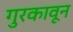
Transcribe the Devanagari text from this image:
गुरकावून